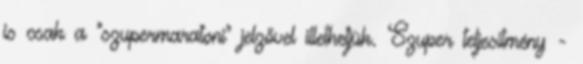
is csak a "szupermaratoni" jelzővel illethetjük. Szuper teljesítmény -